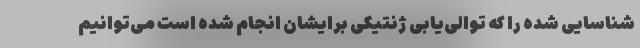
شناسایی شده را که توالی‌یابی ژنتیکی برایشان انجام شده است می‌توانیم